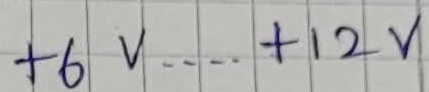
Text: +6V....+12V